Note on the mental hospitals in Burma - 1925-1940
Year: 1925
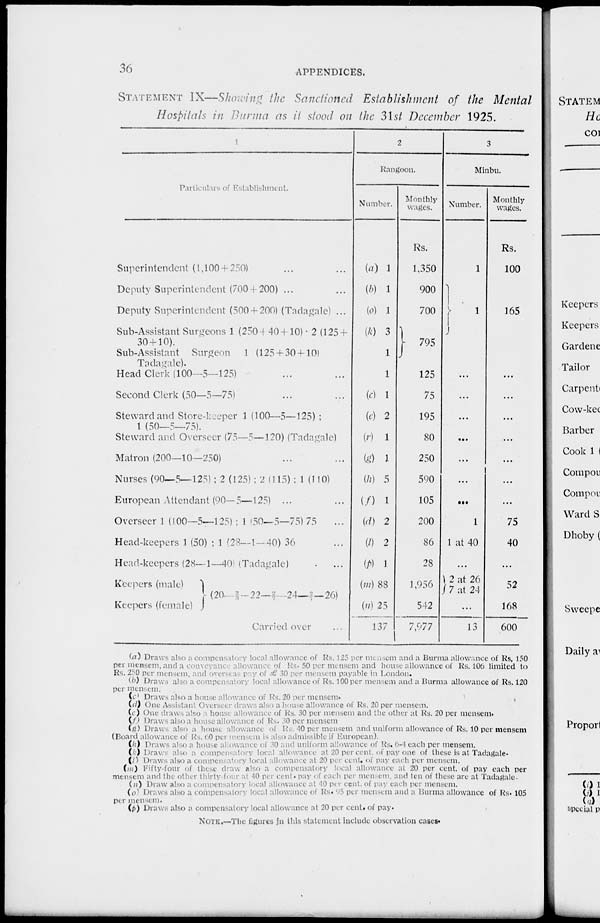
36
APPENDICES.
STATEMENT IX—Showing the Sanctioned Establishment of the Mental
Hospitals in Burma as it stood on the 31st December 1925.
1
Particulars of Establishment.
Superintendent (1,100 + 250) ... ...
Deputy Superintendent (700 + 200) ... ...
Deputy Superintendent (500 + 200) (Tadagale) ...
Sub-Assistant Surgeons 1 (250 + 40+10) . 2 (125 +
30+10).
Sub-Assistant Surgeon 1 (125 + 30 + 10)
Tadagale).
Head Clerk (100—5—125) ... ...
Second Clerk (50—5—75) ... ...
Steward and Store-keeper 1 (100—5—125) ;
1 (50—5—75).
Steward and Overseer (75—5—120) (Tadagale)
Matron (200—10—250) ... ...
Nurses (90—5—125); 2 (125) ; 2 (115) ; 1 (110)
European Attendant (90— 5—125) ... ...
Overseer 1 (100—5—125) ; 1 (50—5—75) 75 ...
Head-keepers 1 (50) ; 1 (28—1—40) 36 ...
Head-keepers (28—1—40) (Tadagale) ...
Keepers (male)
Keepers (female)
(20—2/3—22—2/7—24—2/7— 26)
Carried over ...
2
Rangoon.
Number.
(a) 1
(b) 1
(o) 1
(k) 3
1
1
(c) 1
(e) 2
(r) 1
(g) 1
(h) 5
(f) 1
(d) 2
(l) 2
(p) 1
(m) 88
(n) 25
137
Monthly
wages.
Rs.
1,350
900
700
795
125
75
195
80
250
590
105
200
86
28
1,956
542
7,977
3
Minbu.
Number.
1
1
...
...
...
...
...
...
...
1
1 at 40
...
2 at 26
7 at 24
...
13
Monthly
wages.
Rs.
100
165
...
...
...
...
...
...
...
75
40
...
52
168
600
(a) Draws also a compensatory local allowance of Rs. 125 per mensem and a Burma allowance of Rs, 150
per mensem, and a conveyance allowance of Rs. 50 per mensem and house allowance of Rs. 106 limited to
Rs. 250 per mensem, and overseas pay of £ 30 per mensem payable in London.
(b) Draws also a compensatory local allowance of Rs. 100 per mensem and a Burma allowance of Rs. 120
per mensem.
(c) Draws also a house allowance of Rs. 20 per mensem.
(d) One Assistant Overseer draws also a house allowance of Rs. 20 per mensem.
(c) One draws also a house allowance of Rs. 30 per mensem and the other at Rs. 20 per mensem.
(f) Draws also a house allowance of Rs. 30 per mensem
(g) Draws also a house allowance of Rs. 40 per mensem and uniform allowance of Rs. 10 per mensem
(Board allowance of Rs. 60 per mensem is also admissible if European).
(h) Draws also a house allowance of 30 and uniform allowance of Rs. 6-4 each per mensem.
(k) Draws also a compensatory local allowance at 20 per cent. of pay one of these is at Tadagale.
(l) Draws also a compensatory local allowance at 20 per cent. of pay each per mensem.
(m) Fifty-four of these draw also a compensatory local allowance at 20 per cent. of pay each per
mensem and the other thirty-four at 40 per cent. pay of each per mensem, and ten of these are at Tadagale.
(n) Draw also a compensatory local allowance at 40 per cent. of pay each per mensem.
(o) Draws also a compensatory local allowance of Rs. 95 per mensem and a Burma allowance of Rs. 105
per mensem.
(p) Draws also a compensatory local allowance at 20 per cent» of pay.
NOTE .—The figures in this statement include observation cases.